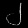
Digit: ၂